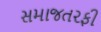
સમાજતરફી